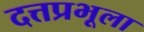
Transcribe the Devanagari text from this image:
दत्तप्रभूला